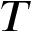
T